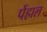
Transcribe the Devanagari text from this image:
पेंहाल